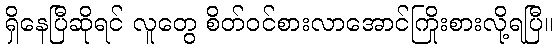
ရှိနေပြီဆိုရင် လူတွေ စိတ်ဝင်စားလာအောင်ကြိုးစားလို့ရပြီ။